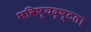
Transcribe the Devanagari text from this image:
भविष्यदृष्टता